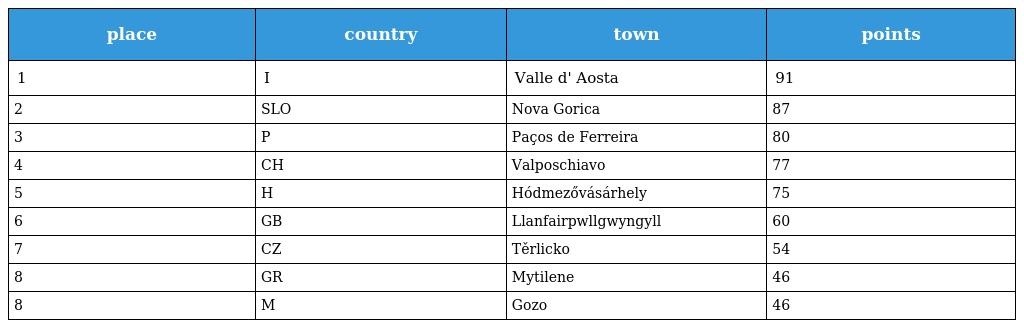
| place | country | town | points |
 | --- | --- | --- | --- |
 | 1 | I | Valle d' Aosta | 91 |
 | 2 | SLO | Nova Gorica | 87 |
 | 3 | P | Paços de Ferreira | 80 |
 | 4 | CH | Valposchiavo | 77 |
 | 5 | H | Hódmezővásárhely | 75 |
 | 6 | GB | Llanfairpwllgwyngyll | 60 |
 | 7 | CZ | Těrlicko | 54 |
 | 8 | GR | Mytilene | 46 |
 | 8 | M | Gozo | 46 |